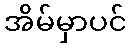
အိမ်မှာပင်